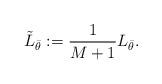
LaTeX: \begin{align*}\tilde{L}_{\bar{\theta}} := \frac{1}{M + 1}L_{\bar{\theta}}.\end{align*}